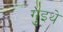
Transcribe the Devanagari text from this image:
गुइथे